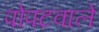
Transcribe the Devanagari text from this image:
पोपटवाले